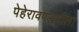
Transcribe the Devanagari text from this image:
पेहेरावपद्धतीला